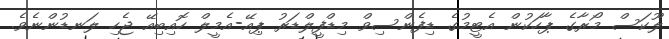
ލޫކަސް މޯރާގެ ޕާހަކުން އެޓީމުގެ ޑިފެންސިވް މިޑްފީލްޑަރު ޕިއޭ-އެމީލް ހޮއިބިއޭ ޖެހި ލަނޑުންނެވެ.